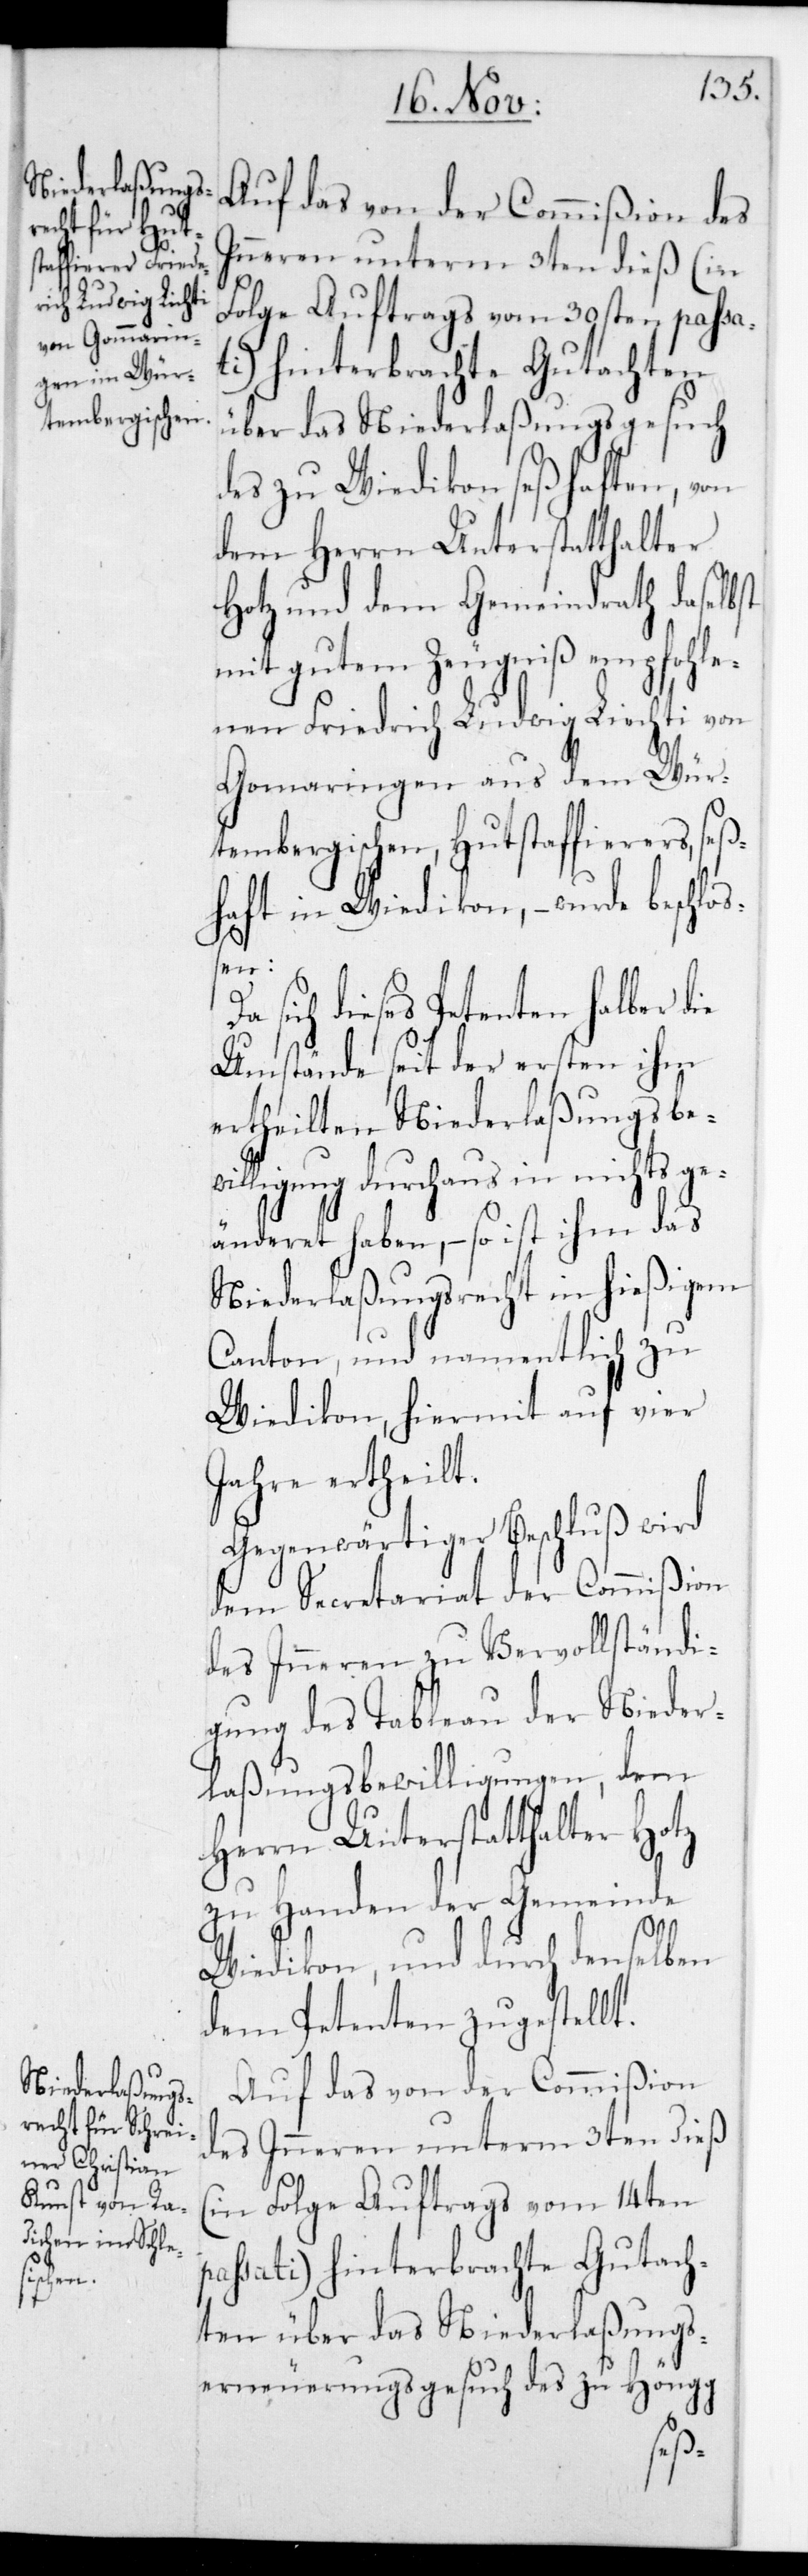
Auf das von der Commißion des
Inneren unterm 3ten dieß (in
Folge Auftrags vom 30sten passa¬
ti) hinterbrachte Gutachten
über das Niederlaßungsgesuch
des zu Wiedikon seßhaften, von
dem Herrn Unterstatthalter
Hotz und dem Gemeindrath daselbst
mit gutem Zeugniß empfohle¬
nen Friedrich Ludwig Liechti
Gom[m]aringen aus dem Wür¬
tembergischen, Hutstaffierers, seß¬
haft in Wiedikon, – wurde beschloß¬
en:
sich dieses Petenten halber die
Umstände seit der ersten ihm
ertheilten Niederlaßungsbew¬
illigung durchaus in nichts ge¬
änderet haben, – so ist ihm das
Niederlaßungsrecht in hießigem
Canton, und namentlich zu
Wiedikon, hiermit auf vier
Jahre ertheilt.
Gegenwärtiger Beschluß wird
dem Secretariat der Commißion
des Inneren zu Vervollständi¬
gung des Tableau der Nieder¬
laßungsbewilligungen, dem
Herrn Unterstatthalter Hotz
zu Handen der Gemeinde
Wiedikon, und durch denselben
dem Petenten zugestellt.
Auf das von der Commißion
des Inneren unterm 3ten dieß
(in Folge Auftrags vom 14ten
passati) hinterbrachte Gutach¬
ten über das Niederlaßungs¬
erneuerungsgesuch des zu Höngg